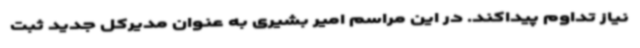
نیاز تداوم پیداکند. در این مراسم امیر بشیری به عنوان مدیرکل جدید ثبت